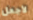
لأجعل